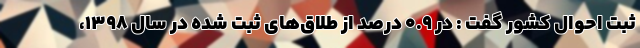
ثبت احوال کشور گفت : در ۰.۹ درصد از طلاق‌های ثبت شده در سال ۱۳۹۸،